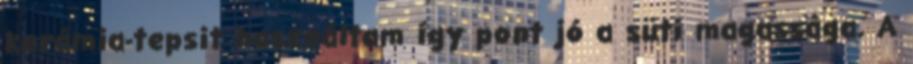
kerámia-tepsit használtam így pont jó a süti magassága. A